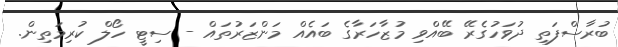
ބުރާސްފަތި ދުވަހުގެރޭ ބޭއްވި މުޒާހަރާގެ ބައެއް މަންޒަރުތައް - ސިޓީ ހޯލް ކުރިމަތިން.